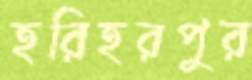
হরিহরপুর